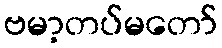
ဗမာ့တပ်မတော်